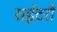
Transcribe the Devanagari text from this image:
राईटरों